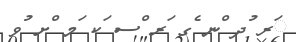
ަރ ުދ ްނ ެގ ަރ ްސ ަކ ަމ ްށ ުވ